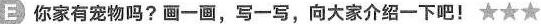
∈你家有宠物吗？画一画，写一写，向大家介绍一下吧！★★★